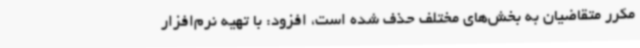
مکرر متقاضیان به بخش‌های مختلف حذف شده است، افزود: با تهیه نرم‌افزار